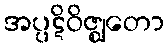
အပ္ပဋိဝိဇ္ဈတော